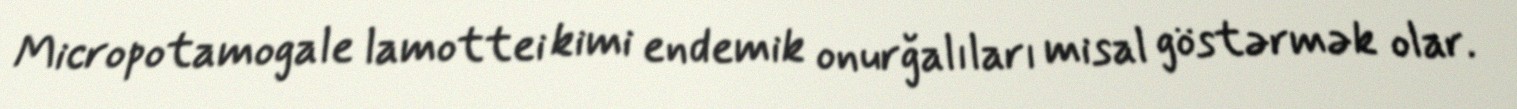
Micropotamogale lamottei kimi endemik onurğalıları misal göstərmək olar.